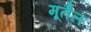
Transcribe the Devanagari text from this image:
मूतैल